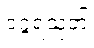
ဝဂ္ဂရသုတ်